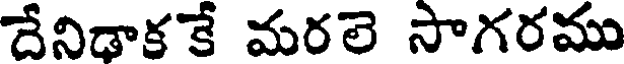
దేనిడాకకే మరలె సాగరము